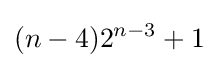
(n-4)2^{n-3}+1